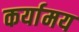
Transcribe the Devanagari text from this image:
कर्यामय